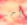
أحد